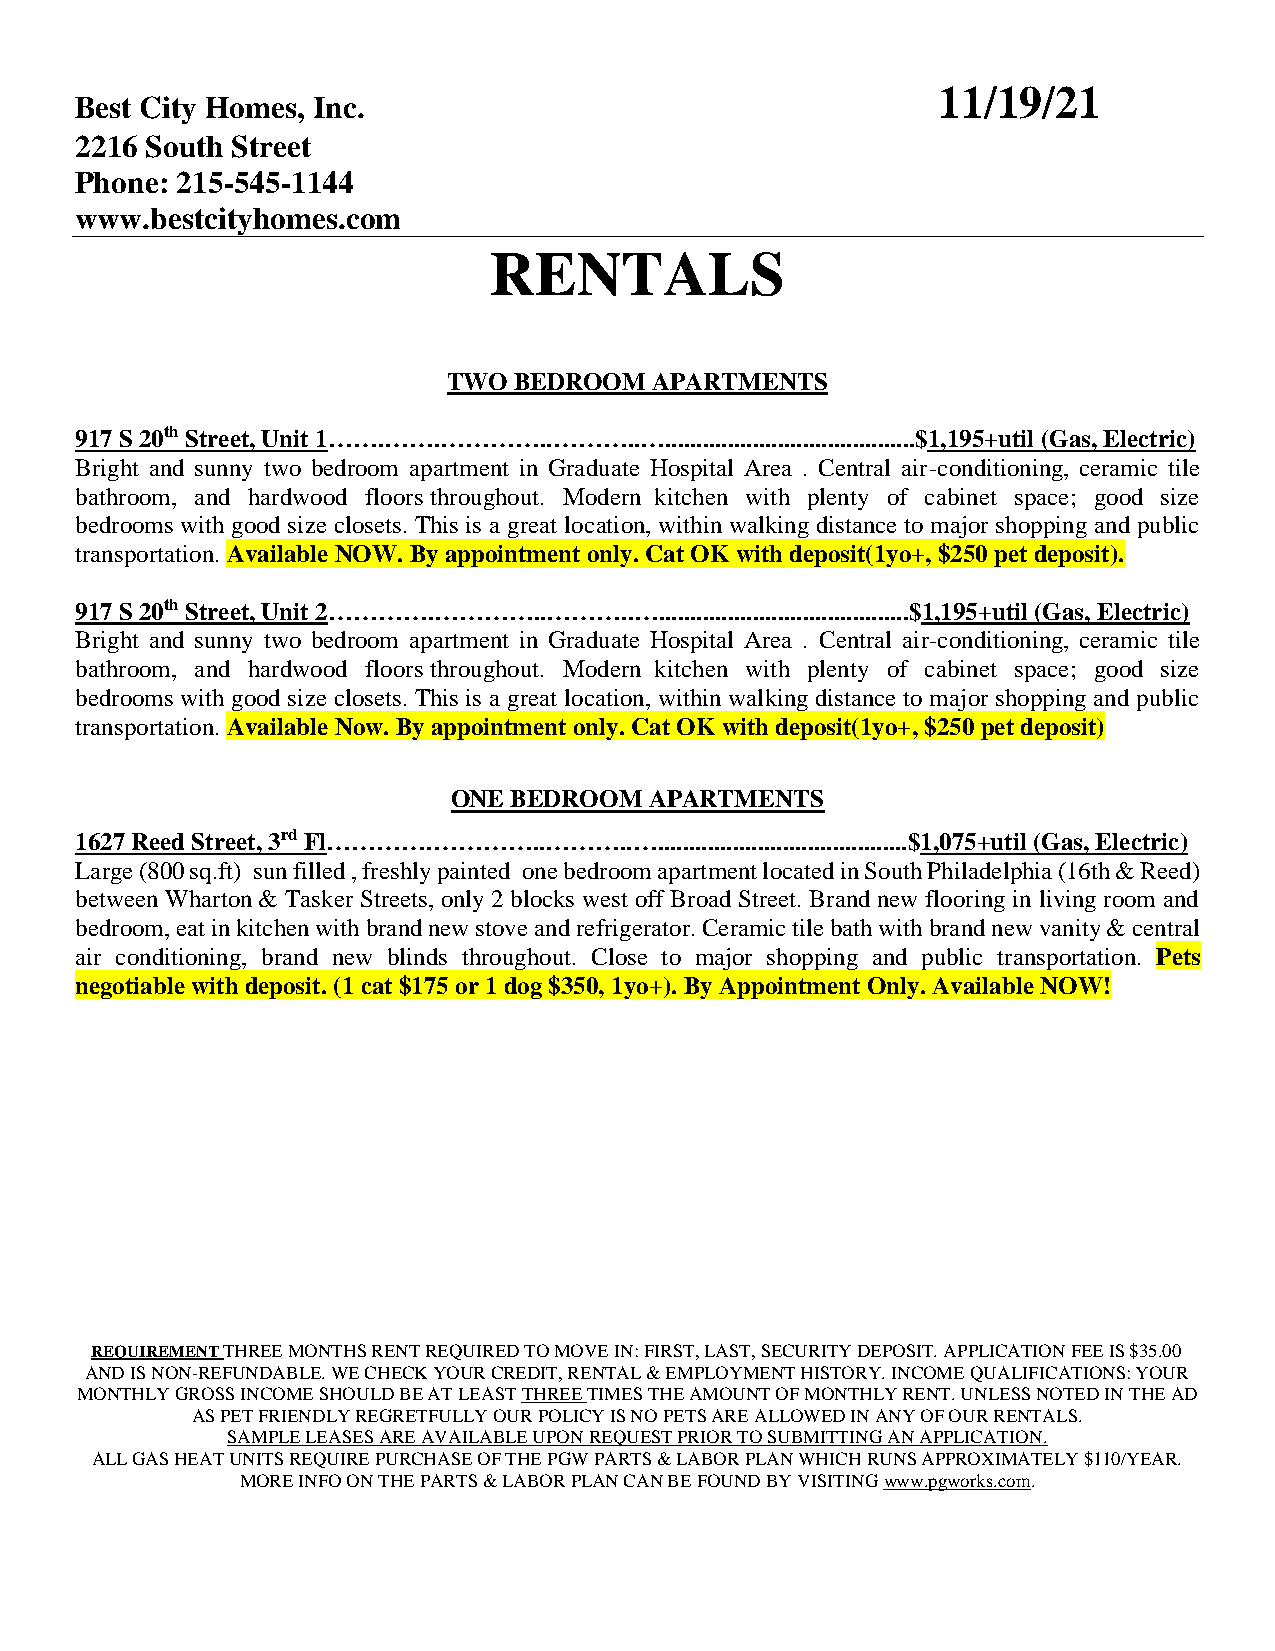
11/19/21
 Best City Homes, Inc.
 2216 South Street
 Phone: 215-545-1144
 www.bestcityhomes.com
 RENTALS
 TWO BEDROOM  APARTMENTS
 917 S 20th Street, Unit 1…….…….…………..………..…........................................$1,195+util (Gas, Electric)
 Bright and sunny two bedroom apartment in Graduate Hospital Area . Central air-conditioning, ceramic tile
 bathroom, and hardwood floors throughout. Modern kitchen with plenty of cabinet space; good size
 bedrooms with good size closets. This is a great location, within walking distance to major shopping and public
 transportation. Available NOW. By appointment only. Cat OK with deposit(1yo+, $250 pet deposit).
 917 S 20th Street, Unit 2………….…………..………..…........................................$1,195+util (Gas, Electric)
 Bright and sunny two bedroom apartment in Graduate Hospital Area . Central air-conditioning, ceramic tile
 bathroom, and hardwood floors throughout. Modern kitchen with plenty of cabinet space; good size
 bedrooms with good size closets. This is a great location, within walking distance to major shopping and public
 transportation. Available Now. By appointment only. Cat OK with deposit(1yo+, $250 pet deposit)
 ONE BEDROOM  APARTMENTS
 1627 Reed Street, 3rd Fl………….…………..………..…........................................$1,075+util (Gas, Electric)
 Large (800 sq.ft) sun filled , freshly painted one bedroom apartment located in South Philadelphia (16th & Reed)
 between Wharton & Tasker Streets, only 2 blocks west off Broad Street. Brand new flooring in living room and
 bedroom, eat in kitchen with brand new stove and refrigerator. Ceramic tile bath with brand new vanity & central
 air conditioning, brand new blinds throughout. Close to major shopping and public transportation. Pets
 negotiable with deposit. (1 cat $175 or 1 dog $350, 1yo+). By Appointment Only. Available NOW!
 REQUIREMENT THREE MONTHS RENT REQUIRED TO MOVE IN: FIRST, LAST, SECURITY DEPOSIT. APPLICATION FEE IS $35.00
 AND IS NON-REFUNDABLE. WE CHECK YOUR CREDIT, RENTAL & EMPLOYMENT HISTORY. INCOME QUALIFICATIONS: YOUR
 MONTHLY GROSS INCOME SHOULD BE AT LEAST THREE TIMES THE AMOUNT OF MONTHLY RENT. UNLESS NOTED IN THE AD
 AS PET FRIENDLY REGRETFULLY OUR POLICY IS NO PETS ARE ALLOWED IN ANY OF OUR RENTALS.
 SAMPLE LEASES ARE AVAILABLE UPON REQUEST PRIOR TO SUBMITTING AN APPLICATION.
 ALL GAS HEAT UNITS REQUIRE PURCHASE OF THE PGW PARTS & LABOR PLAN WHICH RUNS APPROXIMATELY $110/YEAR.
 MORE INFO ON THE PARTS & LABOR PLAN CAN BE FOUND BY VISITING www.pgworks.com.